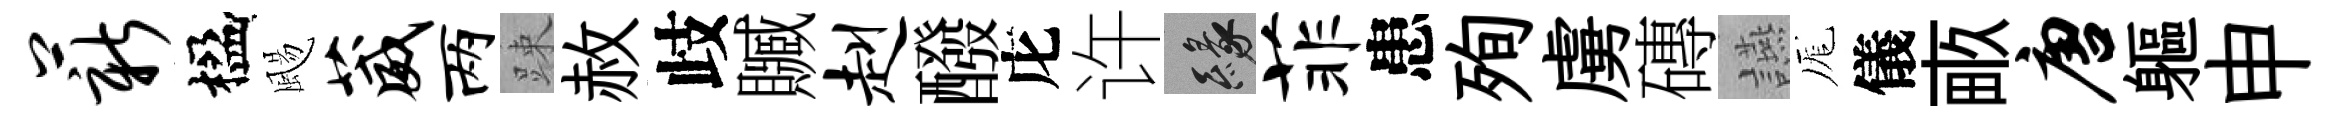
薪楹颺葳两踈赦歧贓赳醱庀许緣菲患殉虜磚讌厖儀畞唐軀申